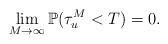
\begin{align*}\lim_{M\rightarrow\infty} \mathbb{P}(\tau_u^M < T) = 0.\end{align*}